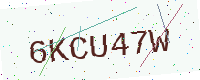
Text: 6KCU47W